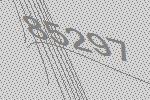
85297